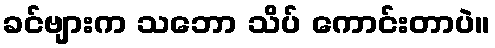
ခင်ဗျားက သဘော သိပ် ကောင်းတာပဲ။